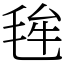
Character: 毪